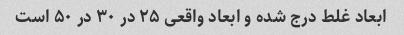
ابعاد غلط درج شده و ابعاد واقعی ۲۵ در ۳۰ در ۵۰ است